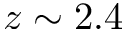
z \sim 2 . 4